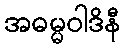
အဓမ္မဝါဒိနီ